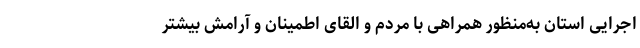
اجرایی استان به‌منظور همراهی با مردم و القای اطمینان و آرامش بیشتر